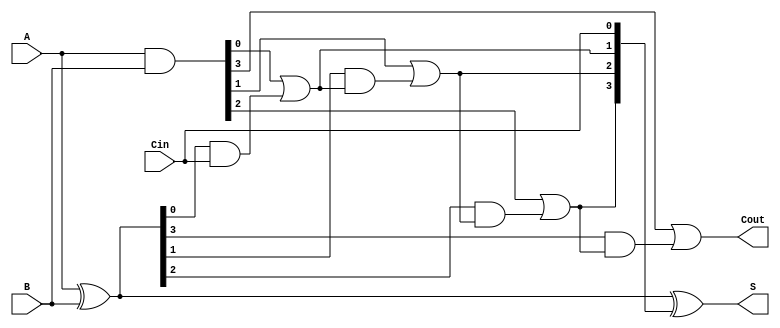
module SklanskyAdder #(parameter n = 4) (
    input [n-1:0] A,        // First n-bit input
    input [n-1:0] B,        // Second n-bit input
    input Cin,              // Carry-in
    output [n-1:0] S,       // n-bit sum output
    output Cout             // Carry-out
);

    wire [n-1:0] G;         // Generate signals
    wire [n-1:0] P;         // Propagate signals
    wire [n:0] C;           // Carry signals (C[0] = Cin)

    // Generate and Propagate calculations
    assign G = A & B;       // G[i] = A[i] AND B[i]
    assign P = A ^ B;       // P[i] = A[i] XOR B[i]

    // Carry signal calculations
    assign C[0] = Cin;      // C[0] = Cin

    genvar i;
    generate
        for (i = 0; i < n; i = i + 1) begin : carry_generation
            if (i == 0) begin
                assign C[i+1] = G[i] | (P[i] & C[i]); // C[1] = G[0] OR (P[0] AND C[0])
            end else begin
                assign C[i+1] = G[i] | (P[i] & C[i]); // C[i+1] = G[i] OR (P[i] AND C[i])
            end
        end
    endgenerate

    // Sum calculations
    assign S = P ^ C[n-1:0]; // S[i] = P[i] XOR C[i]

    // Final carry-out
    assign Cout = C[n];      // Cout = C[n]

endmodule